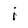
Character: i